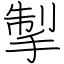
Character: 掣